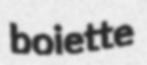
boiette